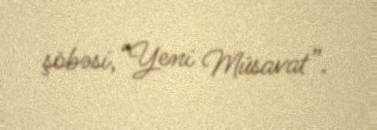
şöbəsi,“Yeni Müsavat”.